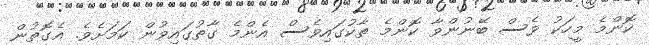
ކޮންމެ މީހަކު ވެސް ބޭނުންވާ ކޮންމެ ތާކުގައިވެސް އެންމެ ގާތުގައިވުން ކަމަށެވެ. އެގޮތުން